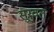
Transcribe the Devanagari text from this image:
सुरुवत